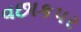
વછાકપર